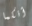
أنكما